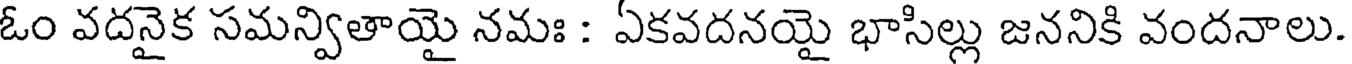
ఓం వదనైక సమన్వితాయై నమః : ఏకవదనయై భాసిల్లు జననికి వందనాలు.